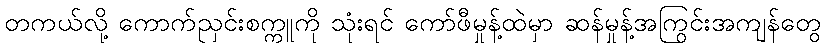
တကယ်လို့ ကောက်ညှင်းစက္ကူကို သုံးရင် ကော်ဖီမှုန့်ထဲမှာ ဆန်မှုန့်အကြွင်းအကျန်တွေ